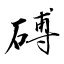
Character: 磗